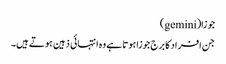
جوزا(gemini)
جن افراد کا برج جوزا ہوتا ہے وہ انتہائی ذہین ہوتے ہیں۔